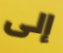
إلى